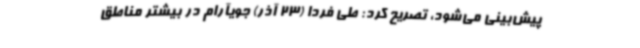
پیش‌بینی می‌شود، تصریح کرد: طی فردا (23 آذر) جویآرام در بیشتر مناطق